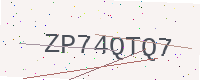
Text: ZP74QTQ7